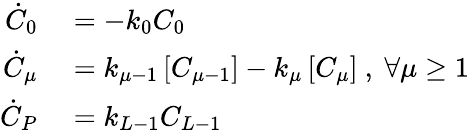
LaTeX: \begin{array}{rl}{\dot{C}_{0}}&{{}=-k_{0}C_{0}}\\ {\dot{C}_{\mu}}&{{}=k_{\mu-1}\left[C_{\mu-1}\right]-k_{\mu}\left[C_{\mu}\right]\ ,\ \forall\mu\geq 1}\\ {\dot{C}_{P}}&{{}=k_{L-1}C_{L-1}}\end{array}